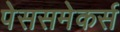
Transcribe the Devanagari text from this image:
पेससमेकर्स